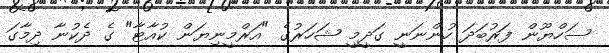
ސަހްޔޫން ފަރުބަދަ ހުންނަނީ ގަދީމީ ޝަހަރުގެ "އަރްމީނިޔަން ކުއާޓާ" ގެ ދެކުނާ ދިމާގަ